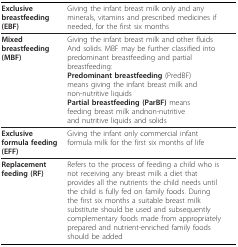
<table><thead><tr><td><b>Exclusive breastfeeding (EBF)</b></td><td><b>Giving the infant breast milk only and anyminerals, vitamins and prescribed medicines ifneeded, for the first six months</b></td></tr></thead><tbody><tr><td><b>Mixed breastfeeding (MBF)</b></td><td>Giving the infant breast milk and other fluidsAnd solids. MBF may be further classified intopredominant breastfeeding and partialbreastfeeding:<b>Predominant breastfeeding </b>(PredBF)means giving the infant breast milk andnon-nutritive liquids<b>Partial breastfeeding (ParBF) </b>meansfeeding breast milk andnon-nutritiveand nutritive liquids and solids</td></tr><tr><td><b>Exclusive formula feeding (EFF)</b></td><td>Giving the infant only commercial infantformula milk for the first six months of life</td></tr><tr><td><b>Replacement feeding (RF)</b></td><td>Refers to the process of feeding a child who isnot receiving any breast milk a diet thatprovides all the nutrients the child needs untilthe child is fully fed on family foods. Duringthe first six months a suitable breast milksubstitute should be used and subsequentlycomplementary foods made from appropriatelyprepared and nutrient-enriched family foodsshould be added</td></tr></tbody></table>